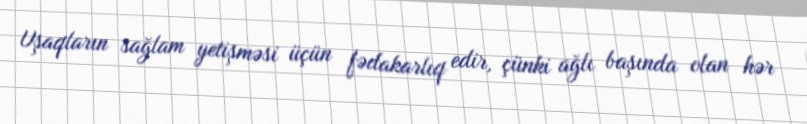
Uşaqların sağlam yetişməsi üçün fədakarlıq edir, çünki ağlı başında olan hər